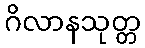
ဂိလာနသုတ္တ